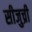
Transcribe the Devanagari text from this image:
सीजुच्री